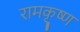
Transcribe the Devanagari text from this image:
रामकृुष्ण